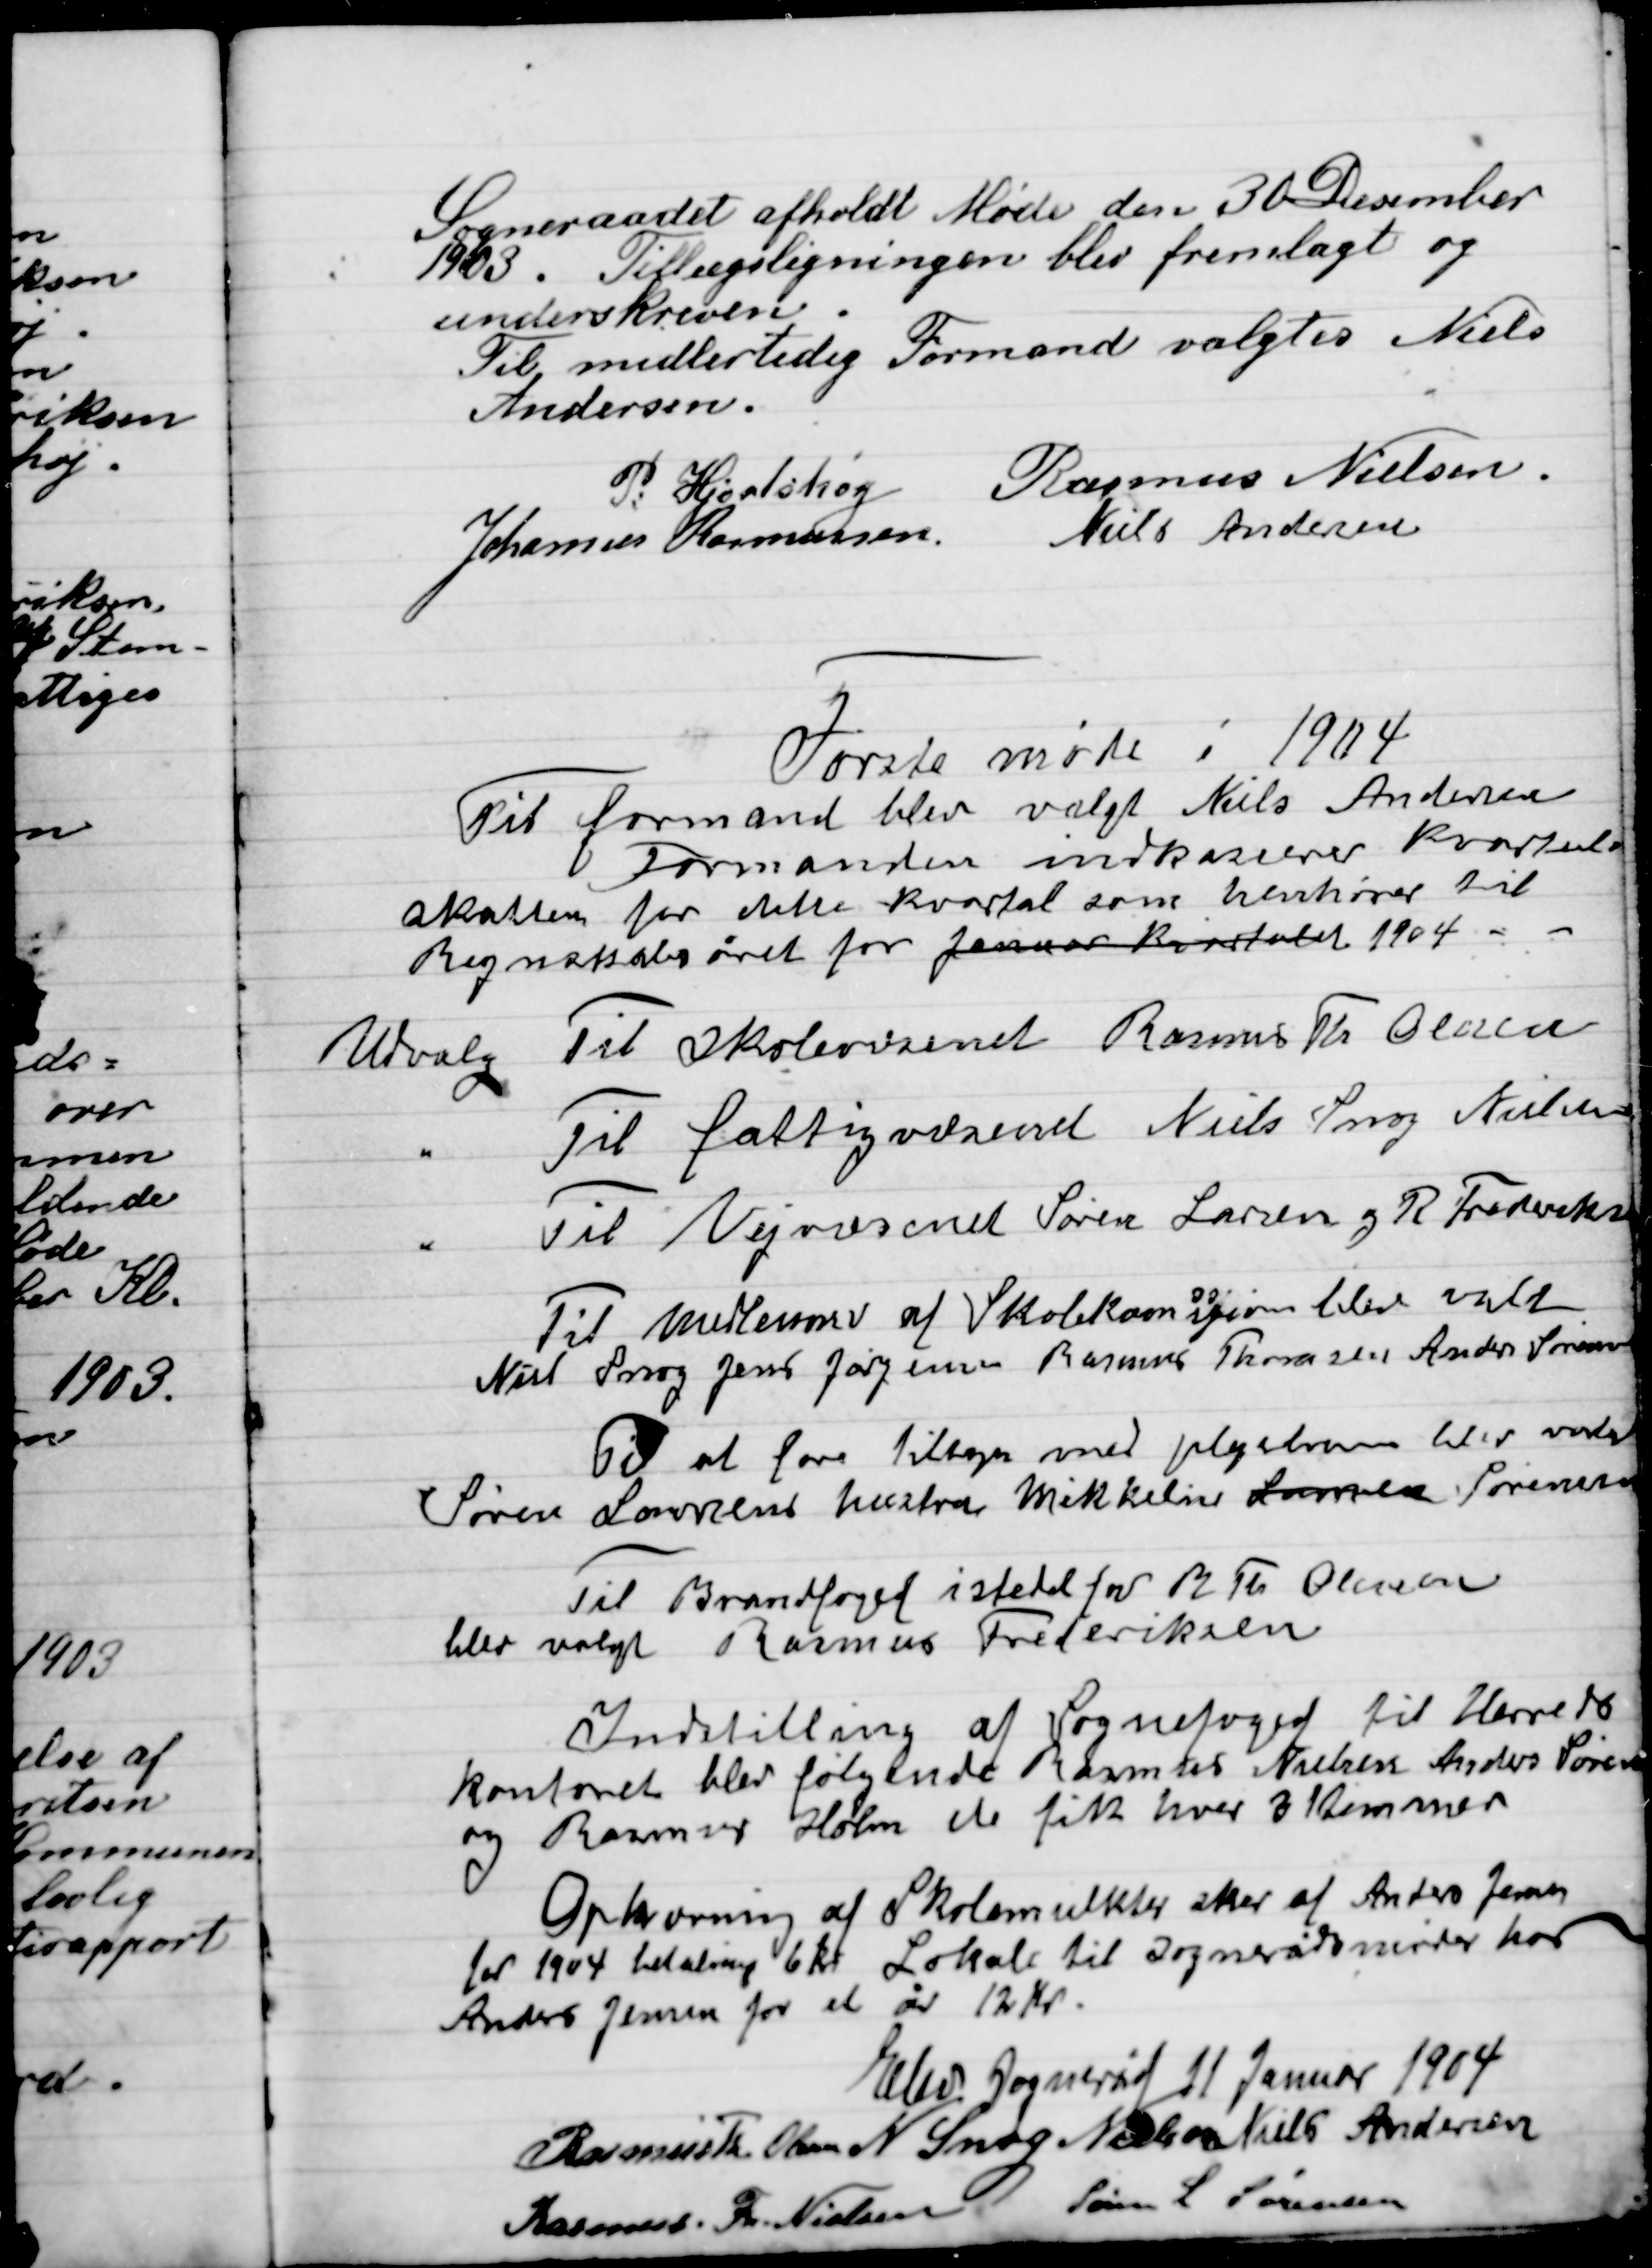
Transskription:
Sogneraadet afholdt Møde den 30 December
1903. Tillægsligning  blev fremlagt og
Underskreven.
Til midlertidig formand valgtes Niels
Andersen.

P. Hjortshøj
Rasmus Nielsen
Johannes Rasmussen
Niels Andersen

Første møde i 1904
Til formand blev valgt , Niels Andersen
Formanden indkasserer kvartals-
Skatten for dette kvartal som henhører il
Regnskabsåret for januar kvartal 1904 –
Valgt Til Skolevæsenet Rasmus Th. Olsen
-	Til fattigvæsenet Niels Snog Nielsen
-	Til Vejvæsenet Søren Larsen og R. Frederiksen
		Til medlem af Skolekommissionen blev valgt
Niels Snog, Jens Jørgensen, Rasmus Thomsen, Anders Sørensen

Til at føre tilsyn med pligtloven blev valgt
Søren Lavsens hus fra Mikkeline Lomea Sørensen

Til Brandfoged i stedet for M. th. Olsen
blev valgt Rasmus Frederiksen

Indstilling af Sognefoged til Herreds
Kontoret blev følgende Rasmus Nielsen, Anders Sørensen
og Rasmus  Holm de fik Hver 3 Stemmer

Opkrævning af Skolemulkter sker af Anders Jensen
for 1904 betaling 6 Kr. lokal til Sognerådsmøder har
Anders Jensen for et år 12 Kr.

Elev Sogneråd 11 Januar 1904

Rasmus Th. Olsen
N. Snog Nielsen
Niels Andersen
Rasmus Th. Nielsen
Søren L. Sørensen